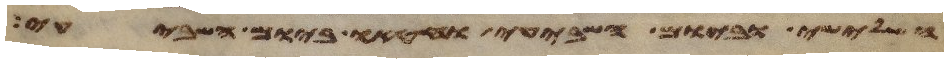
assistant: השלישי וביום השביעי וחטאו ביום השביעי